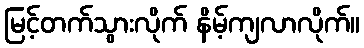
မြင့်တက်သွားလိုက် နိမ့်ကျလာလိုက်။